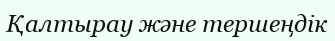
Қалтырау және тершеңдік